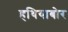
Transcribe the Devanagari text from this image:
हथियाबोर